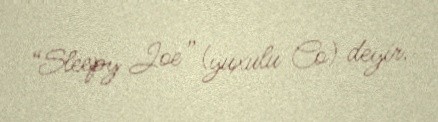
“Sleepy Joe” (yuxulu Co) deyir.